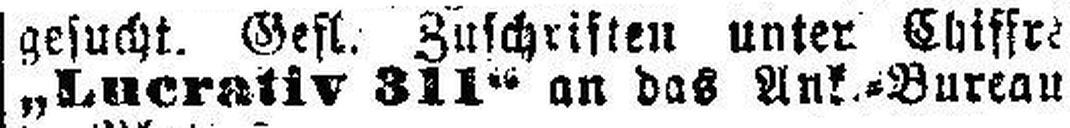
„Lucrativ 311“ an das Ank.=Bureau